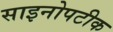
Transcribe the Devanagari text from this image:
साइनोपटीक